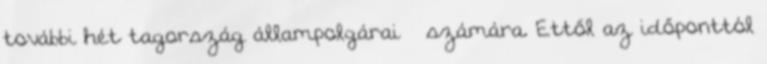
további hét tagország állampolgárai – számára. Ettől az időponttól